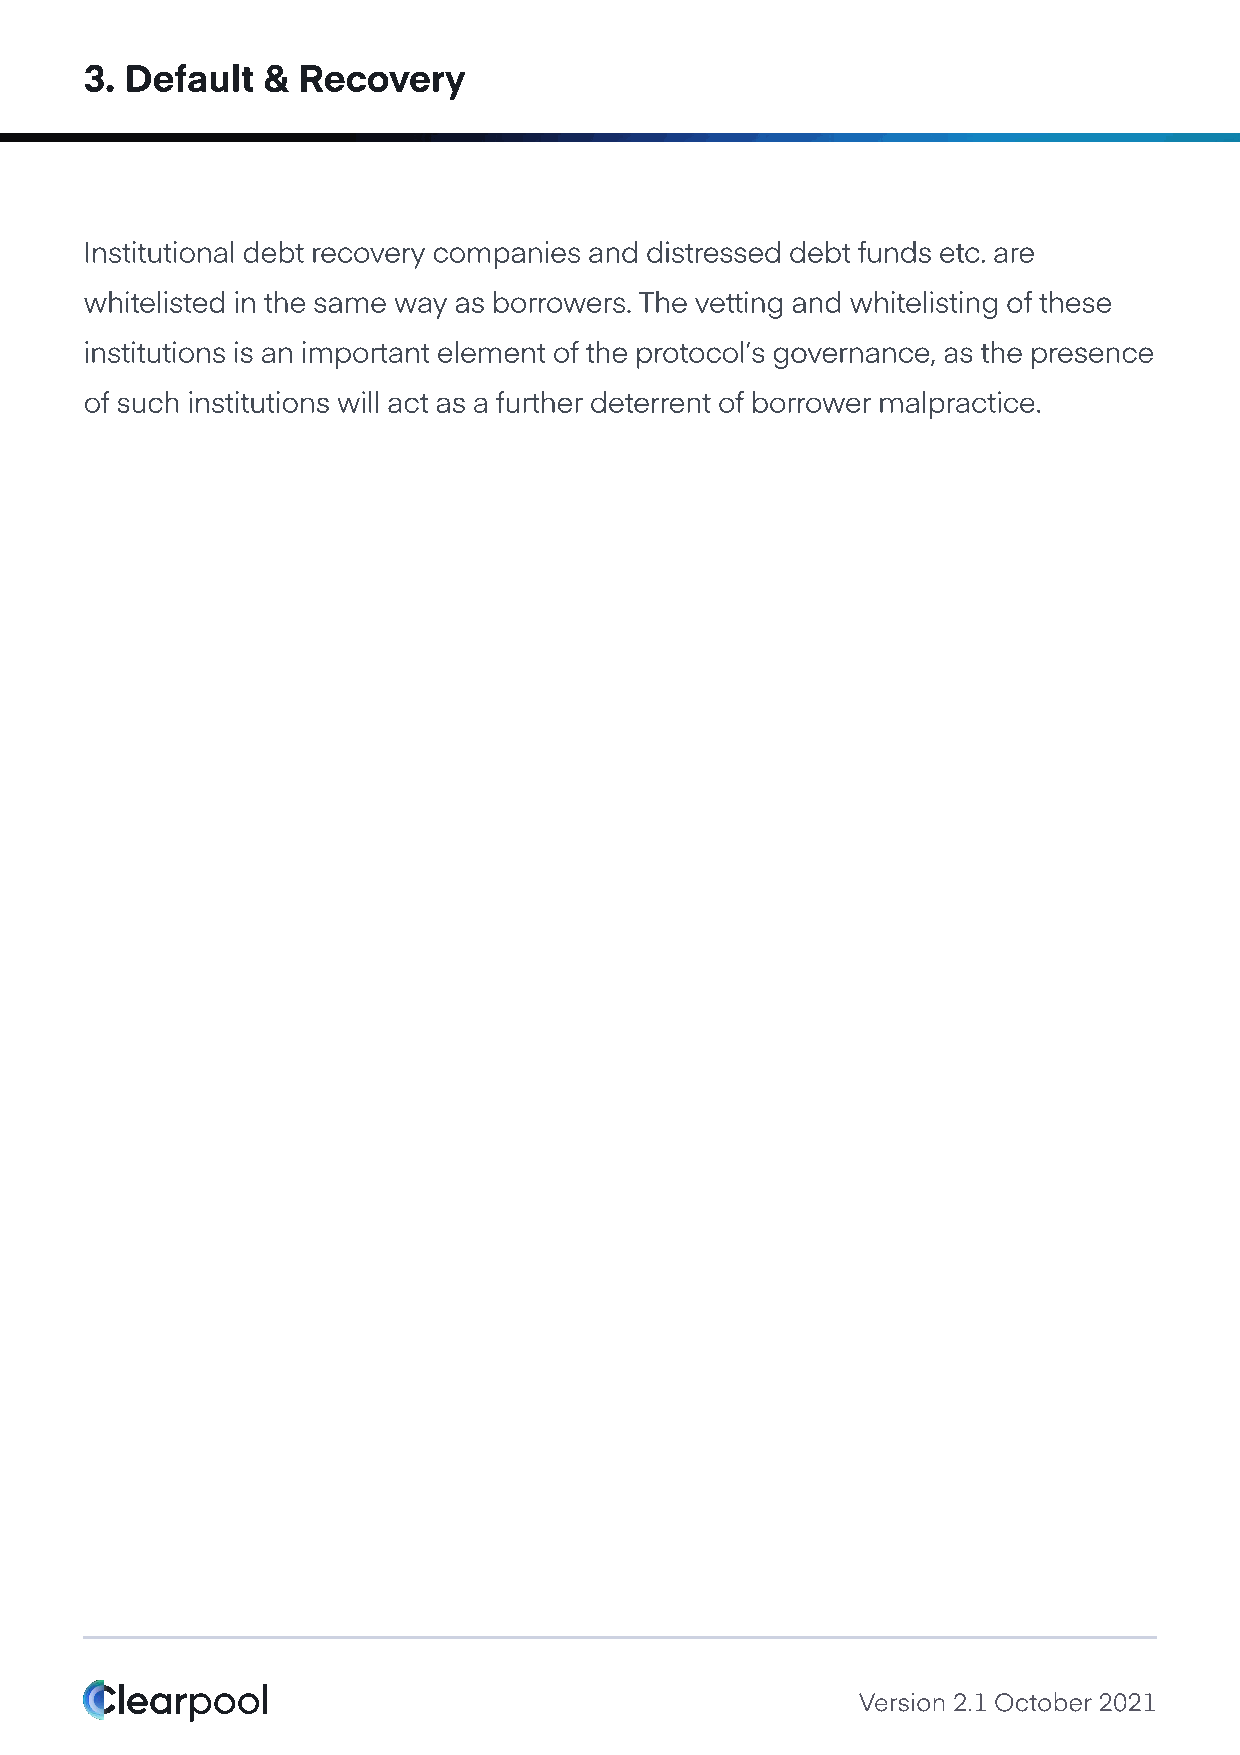
3. Default &  Recovery
 Institutional debt recovery companies and distressed debt funds etc. are
 whitelisted in the same way as borrowers. The vetting and whitelisting of these
 institutions is an important element of the protocol’s governance, as the presence
 of such institutions will act as a further deterrent of borrower malpractice.
 Version 2.1 October 2021